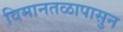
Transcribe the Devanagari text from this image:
विमानतळापासुन